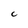
Character: C